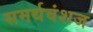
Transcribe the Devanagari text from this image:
समर्थवंशज